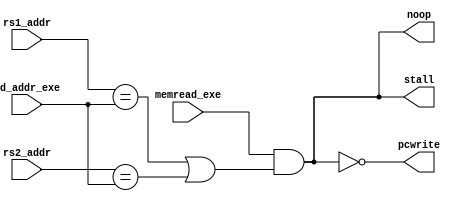
module Hazard_Detection(memread_exe, rd_addr_exe, rs1_addr, rs2_addr, pcwrite, stall, noop);

input           memread_exe;
input   [4:0]   rd_addr_exe, rs1_addr, rs2_addr;

output          stall, noop, pcwrite;

wire    is_load_use;
assign  is_load_use = memread_exe & ((rs1_addr == rd_addr_exe) | (rs2_addr == rd_addr_exe));

assign  stall   = is_load_use;
assign  noop    = is_load_use;
assign  pcwrite = !is_load_use;

endmodule

// emit signal to flush the pipeline and calculate the addr to rollback
// when misprediction occurs.
module Control_Hazard_Detection(branch_instr_exe, is_zero, branch_pred_exe, pc_exe, imm_exe, is_mispredict, pc_rollback);

input           branch_instr_exe, is_zero, branch_pred_exe;
input   [31:0]  pc_exe, imm_exe;

output          is_mispredict;
output  [31:0]  pc_rollback;

assign  is_mispredict   =   branch_instr_exe & (branch_pred_exe != is_zero);
assign  pc_rollback     =   (branch_instr_exe & is_zero) ? (pc_exe + (imm_exe<<1)) : (pc_exe+4);


endmodule